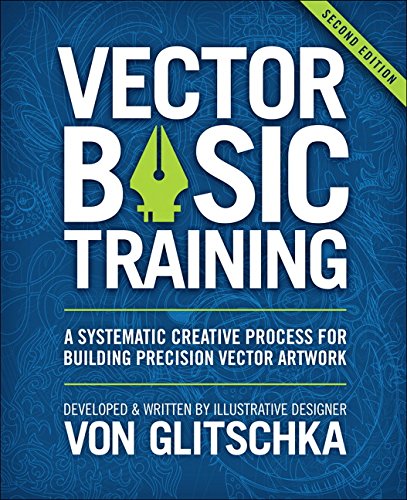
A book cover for Vector Basic Training: A Systematic Creative Process for Building Precision Vector Artwork (2nd Edition); Von Glitschka; Computers & Technology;